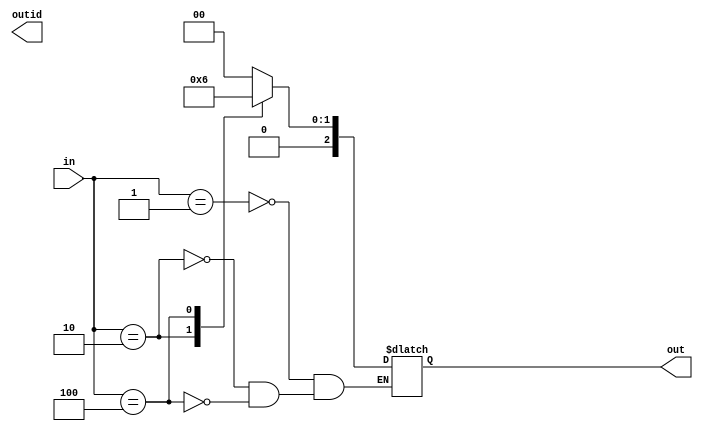
module top (input wire [2:0] in, output wire outid, output wire [2:0] out);
always@(*)
case (in)
	8'b0000_0001: out = 3'd0;
	8'b0000_0010: out = 3'd1;
	8'b0000_0100: out = 3'd2;
	8'b0000_1000: out = 3'd3;
	8'b0001_0000: out = 3'd4;
	8'b0010_0000: out = 3'd5;
	8'b0100_0000: out = 3'd6;
	8'b1000_0000: out = 3'd7;
endcase
assign valid = |out;
endmodule